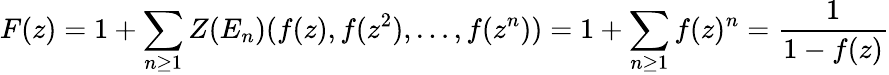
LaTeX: F(z)=1+\sum_{n\geq 1}Z(E_{n})(f(z),f(z^{2}),\ldots,f(z^{n}))=1+\sum_{n\geq 1}f(z)^{n}={\frac{1}{1-f(z)}}